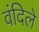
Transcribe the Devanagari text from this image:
वंदिले